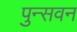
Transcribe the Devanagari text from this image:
पुन्सवन